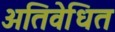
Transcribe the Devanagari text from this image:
अतिवेधित